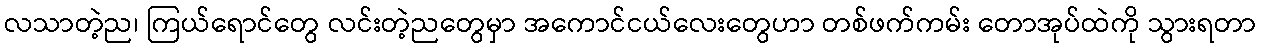
လသာတဲ့ည၊ ကြယ်ရောင်တွေ လင်းတဲ့ညတွေမှာ အကောင်ငယ်လေးတွေဟာ တစ်ဖက်ကမ်း တောအုပ်ထဲကို သွားရတာ